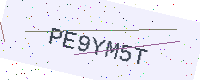
Text: PE9YM5T